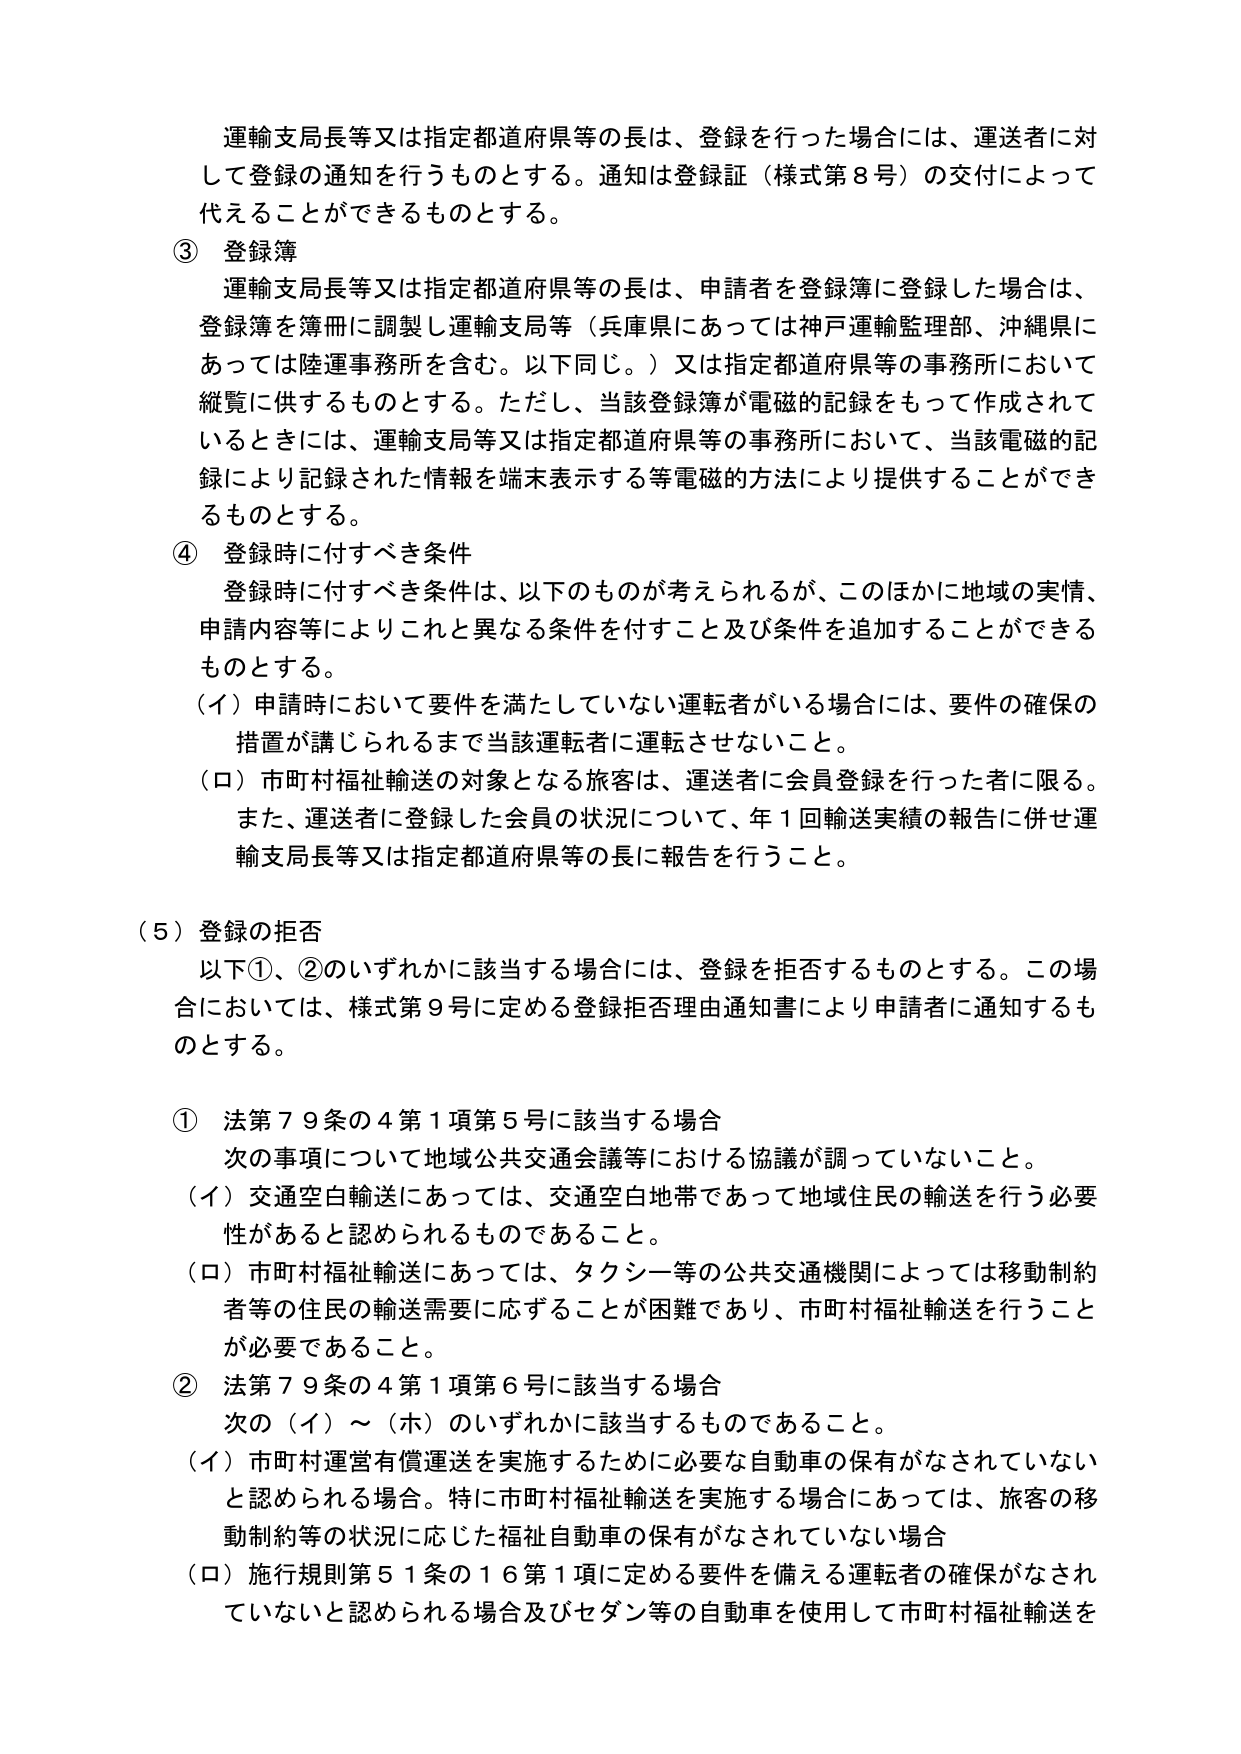
運輸支局長等又は指定都道府県等の長は、登録を行った場合には、運送者に対して登録の通知を行うものとする。通知は登録証（様式第８号）の交付によって代えることができるものとする。

③ 登録簿
運輸支局長等又は指定都道府県等の長は、申請者を登録簿に登録した場合は、登録簿を簿冊に調製し運輸支局等（兵庫県にあっては神戸運輸監理部、沖縄県にあっては陸運事務所を含む。以下同じ。）又は指定都道府県等の事務所において縦覧に供するものとする。ただし、当該登録簿が電磁的記録をもって作成されているときには、運輸支局等又は指定都道府県等の事務所において、当該電磁的記録により記録された情報を端末表示する等電磁的方法により提供することができるものとする。

④ 登録時に付すべき条件
登録時に付すべき条件は、以下のものが考えられるが、このほかに地域の実情、申請内容等によりこれと異なる条件を付すこと及び条件を追加することができるものとする。
（イ）申請時において要件を満たしていない運転者がいる場合には、要件の確保の措置が講じられるまで当該運転者に運転させないこと。
（ロ）市町村福祉輸送の対象となる旅客は、運送者に会員登録を行った者に限る。また、運送者に登録した会員の状況について、年１回輸送実績の報告に併せ運輸支局長等又は指定都道府県等の長に報告を行うこと。

（５）登録の拒否
以下①、②のいずれかに該当する場合には、登録を拒否するものとする。この場合においては、様式第９号に定める登録拒否理由通知書により申請者に通知するものとする。

① 法第７９条の４第１項第５号に該当する場合
次の事項について地域公共交通会議等における協議が調っていないこと。
（イ）交通空白輸送にあっては、交通空白地帯であって地域住民の輸送を行う必要性があると認められるものであること。
（ロ）市町村福祉輸送にあっては、タクシー等の公共交通機関によっては移動制約者等の住民の輸送需要に応ずることが困難であり、市町村福祉輸送を行うことが必要であること。

② 法第７９条の４第１項第６号に該当する場合
次の（イ）～（ホ）のいずれかに該当するものであること。
（イ）市町村運営有償運送を実施するために必要な自動車の保有がなされていないと認められる場合。特に市町村福祉輸送を実施する場合にあっては、旅客の移動制約等の状況に応じた福祉自動車の保有がなされていない場合
（ロ）施行規則第５１条の１６第１項に定める要件を備える運転者の確保がなされていないと認められる場合及びセダン等の自動車を使用して市町村福祉輸送を